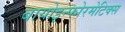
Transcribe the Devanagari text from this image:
बायोइन्फोरमेटिक्स